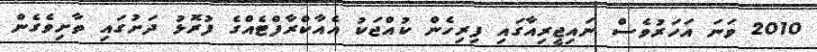
2010 ވަނަ އަހަރުވެސް ނައިޖީރިއާގައި ފިރިހެން ކުއްޖަކު އެއާކްރާފްޓެއްގެ ފުރޮޅު ދަށުގައި ތާށިވެގެން